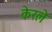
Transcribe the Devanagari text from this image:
केरले